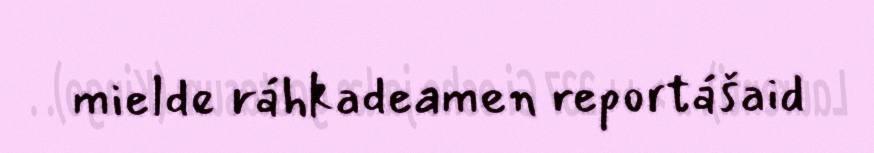
mielde ráhkadeamen reportášaid